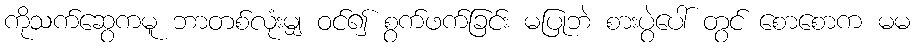
ကိုသက်ဆွေကမူ ဘာတစ်လုံးမျှ ဝင်၍ စွက်ဖက်ခြင်း မပြုဘဲ စားပွဲပေါ် တွင် စောစောက မမ